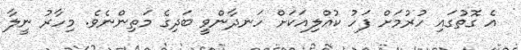
އެ ގޮތުގައި ހުރުމަށް ފަހު ކުއްލިއަކަށް ހަނދާންވީ ބަދިގެ މަތިންނެވެ. މިހާރު ނީލާ